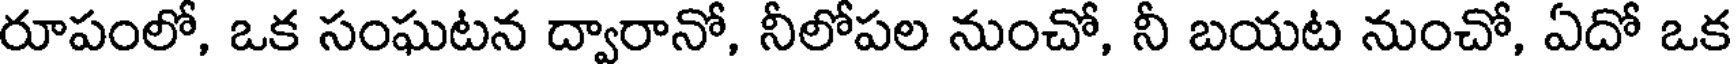
రూపంలో, ఒక సంఘటన ద్వారానో, నీలోపల నుంచో, నీ బయట నుంచో, ఏదో ఒక